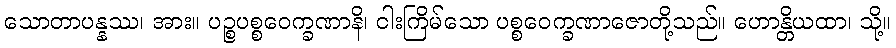
သောတာပန္နဿ၊ အား။ ပဉ္စပစ္စဝေက္ခဏာနိ၊ ငါးကြိမ်သော ပစ္စဝေက္ခဏာဇောတို့သည်။ ဟောန္တိယထာ၊ သို့။